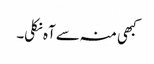
کبھی منہ سے آہ نکلی۔